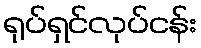
ရုပ်ရှင်လုပ်ငန်း